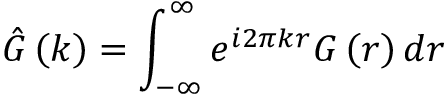
\hat { G } \left( k \right) = \int _ { - \infty } ^ { \infty } e ^ { i 2 \pi k r } G \left( r \right) d r